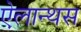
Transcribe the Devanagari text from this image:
ऐलान्थस